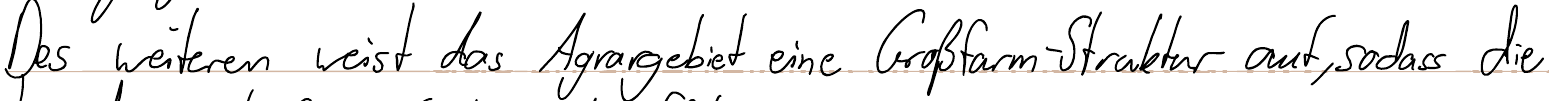
Des weiteren weist das Agrargebiet eine Großfarm-Struktur auf, sodass die